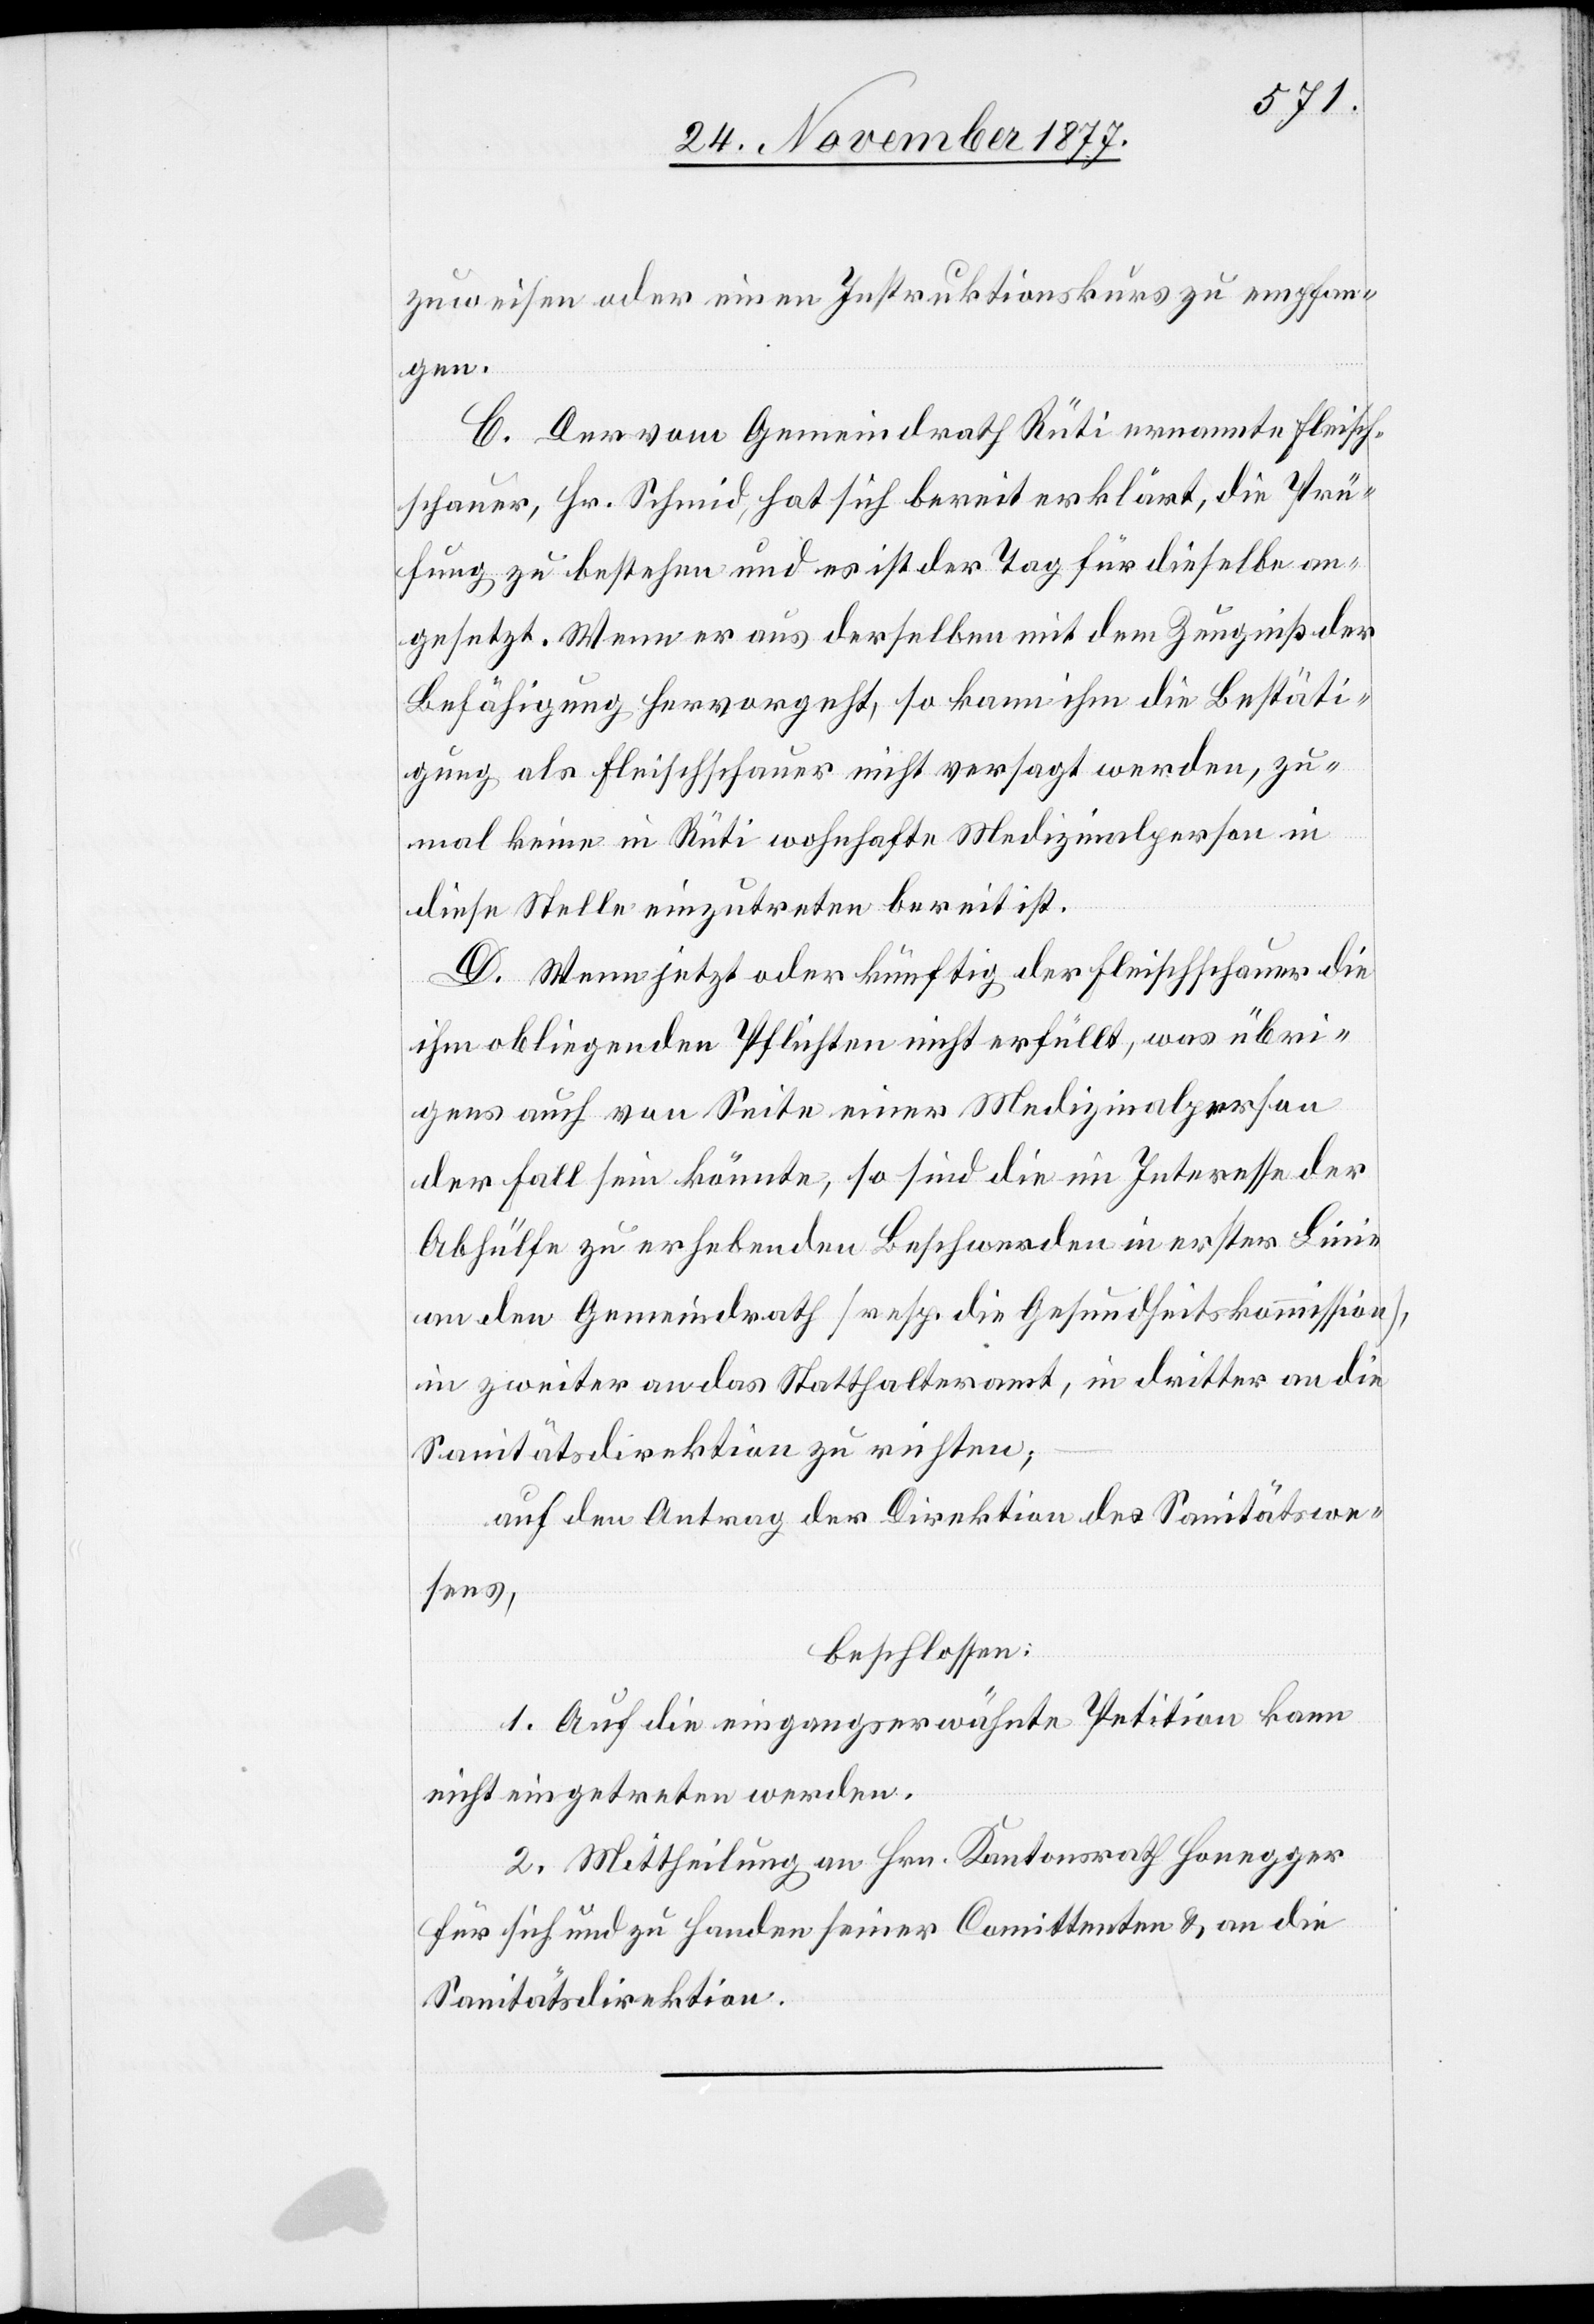
zuweisen oder einen Instruktionskurs zu empfan¬
gen.
C. Der vom Gemeindrath Rüti ernannte Fleisch¬
schauer, Hr. Schmid, hat sich bereit erklärt, die Prü¬
fung zu bestehen und es ist der Tag für dieselbe an¬
gesetzt. Wenn er aus derselben mit dem Zeugniß der
Befähigung hervorgeht, so kann ihm die Bestäti¬
gung als Fleischschauer nicht versagt werden, zu¬
mal keine in Rüti wohnhafte Medizinalperson in
diese Stelle einzutreten bereit ist.
D. Wenn jetzt oder künftig der Fleischschauer die
ihm obliegenden Pflichten nicht erfüllt, was übri¬
gens auch von Seite einer Medizinalperson
der Fall sein könnte, so sind die im Interesse der
Abhülfe zu erhebenden Beschwerden in erster Linie
an den Gemeindrath [resp. die Gesundheitskommission],
in zweiter an das Statthalteramt, in dritter an die
Sanitätsdirektion zu richten;
auf den Antrag der Direktion des Sanitätswe¬
sens,
beschlossen:
1. Auf die eingangserwähnte Petition kann
nicht eingetreten werden.
2. Mittheilung an Hrn. Kantonsrath Honegger
für sich und zu Handen seiner Comittenten & an die
Sanitätsdirektion.